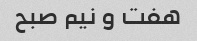
هفت و نیم صبح